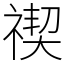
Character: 禊